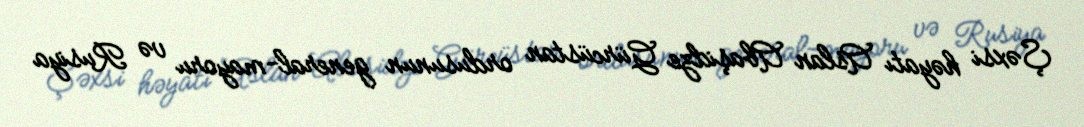
Şəxsi həyatı Aslan Abaşidze Gürcüstan ordusunun general-mayoru və Rusiya